Scottish Certificate of Education, 1963
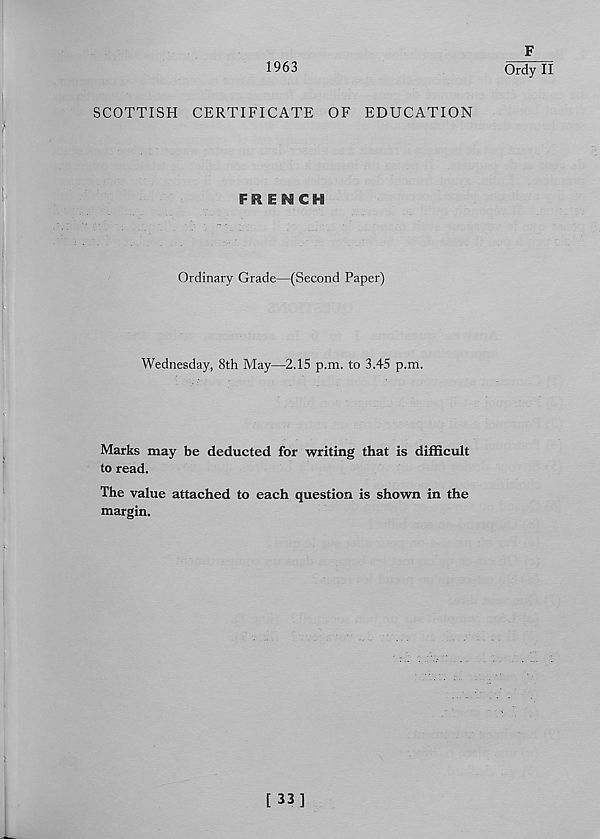
1963
F
Ordy II
SCOTTISH CERTIFICATE OF EDUCATION
FRENCH
Ordinary Grade—(Second Paper)
Wednesday, 8th May—2.15 p.m. to 3.45 p.m.
Marks may be deducted for writing that is difficult
to read.
The value attached to each question is shown in the
margin.
t 33]